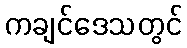
ကချင်ဒေသတွင်